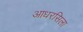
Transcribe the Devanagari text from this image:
आधरसिला